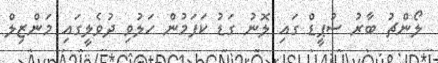
ލޯންޗު ބާރު ސުޕީޑް ގައި ލޮނު ގަޑު ކަފަމުން ހަލުވި ދުވެލީގައި މަންޒިލް